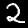
Digit: 2